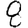
Digit: 8